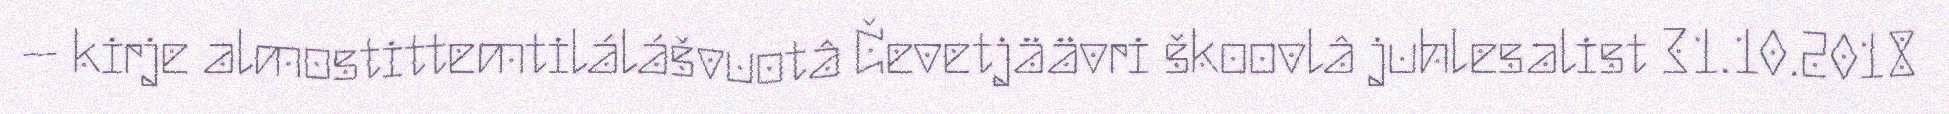
– kirje almostittemtilálášvuotâ Čevetjäävri škoovlâ juhlesalist 31.10.2018